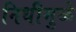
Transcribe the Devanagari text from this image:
निधीमुळे